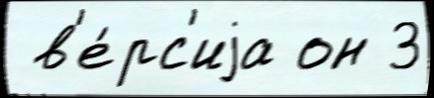
 в'е́рс'иjа он 3